Jaan_Tonisson_(Lasteleht), lk 201
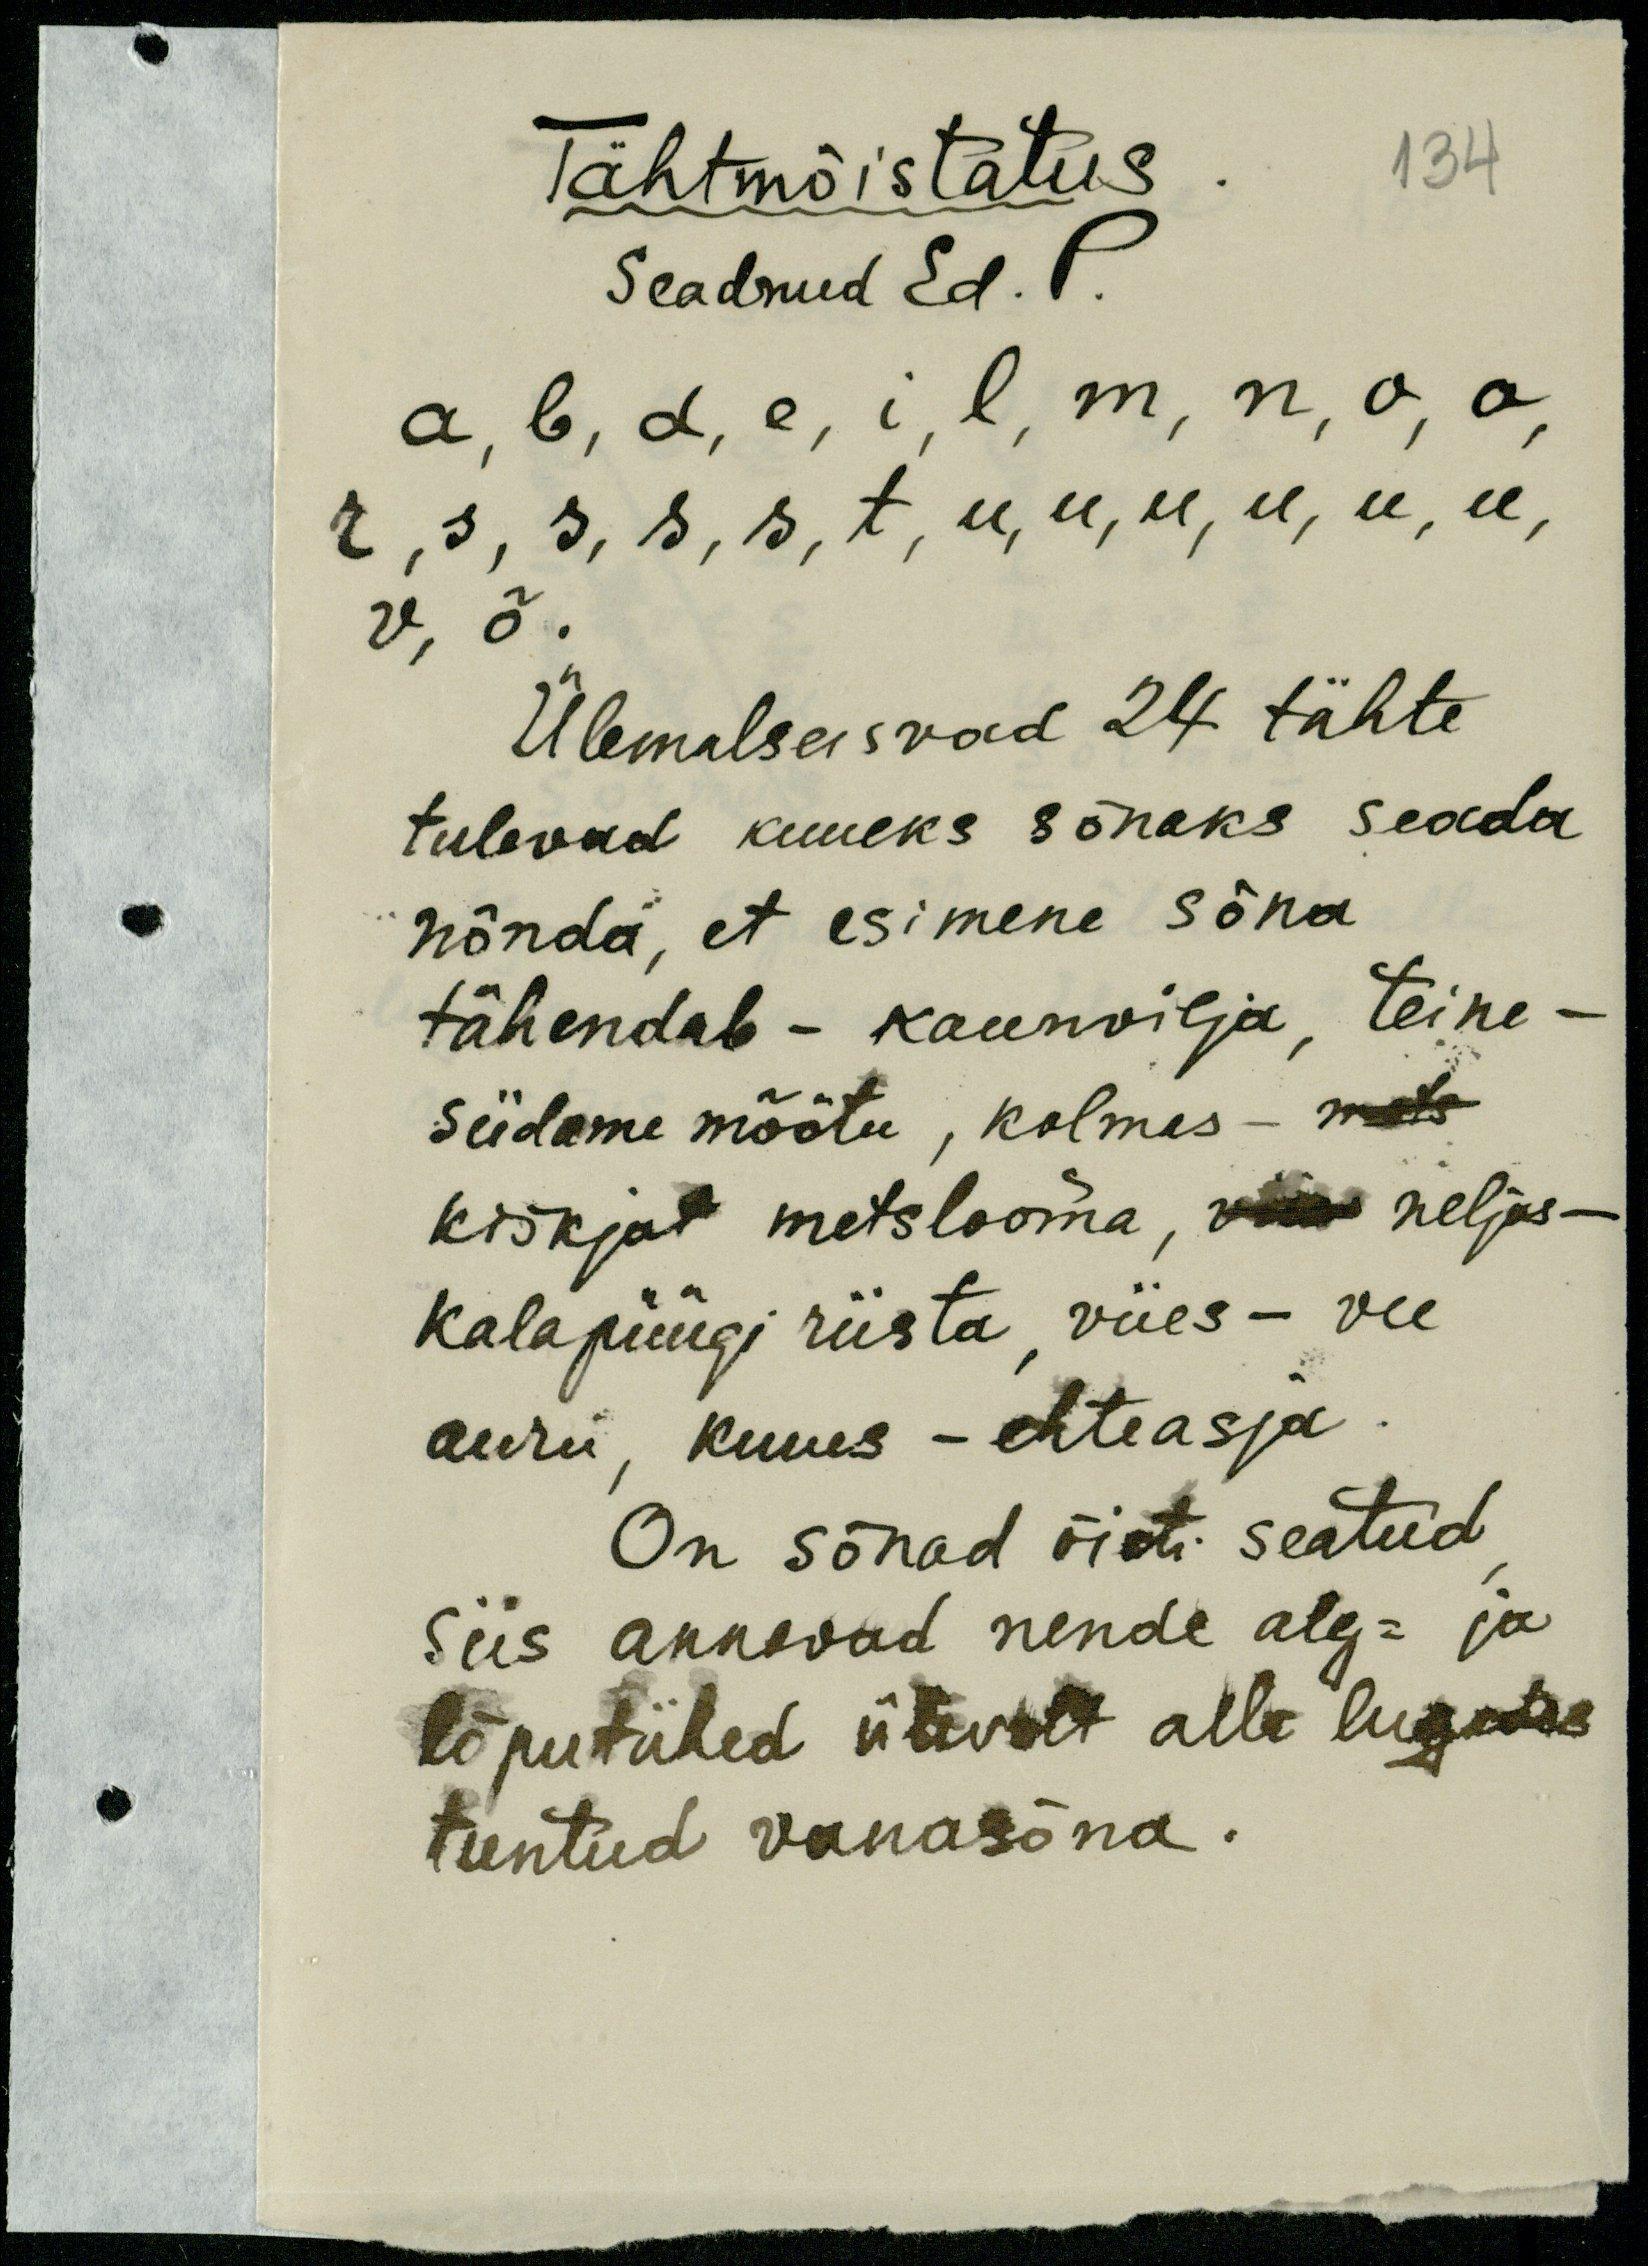
Tähtmõistatus
134
Seadnud Ed. P.
a, b, d, e, i, l, m, n, o, o,
r, s, s, s, s, t, e, u, u, u, u, u, u,
v, õ.
Ülemalseisvad 24 tähte
tulevad kuueks sõnaks seada
nõnda, et esimene sõna
tähendab - kaunvilja, teine-
südame mõõtu, kolmas - mets
kiskjat metslooma, viie neljas -
kalapüügi riista, viies - vee
auru, kuues - ehteasja.
On sõnad õieti seatud
Siis annavad nende alg- ja
lõputähed ülevalt alla lugedes
tuntud vanasõna.